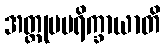
အတ္ထုပပရိက္ခာယာတိ